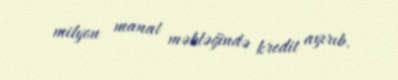
milyon manat məbləğində kredit ayırıb.